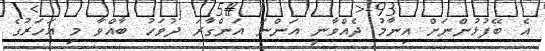
އެ ބޭފުޅުންނަށް އިނާމު ދެއްވާނީ އަންނަ އަންގާރަ ދުވަހު ބާއްވާ މި އަހަރުގެ